Indian Medical Review
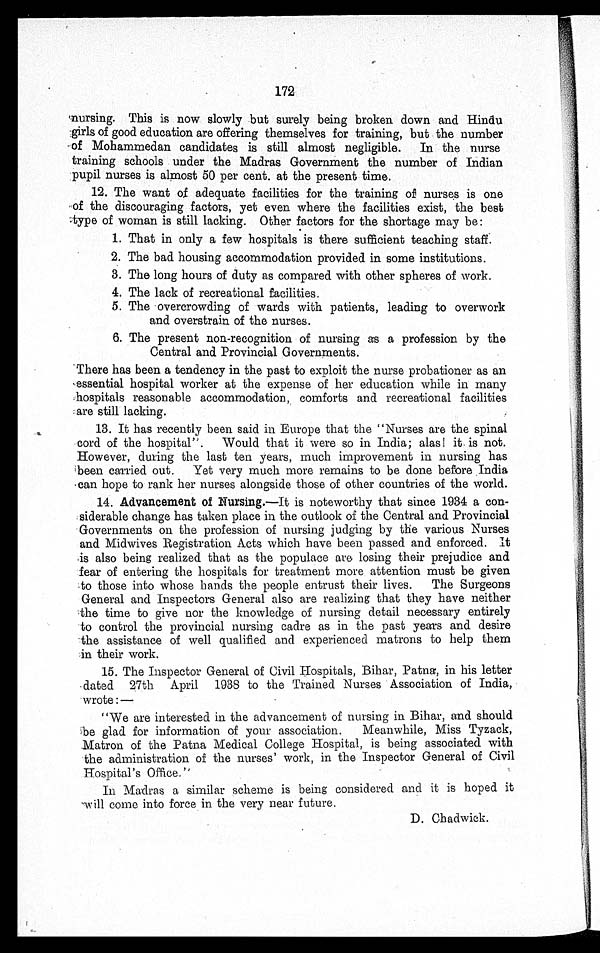
172
nursing. This is now slowly but surely being broken down and Hindu
girls of good education are offering themselves for training, but the number
of Mohammedan candidates is still almost negligible. In the nurse
training schools under the Madras Government the number of Indian
:pupil nurses is almost 50 per cent, at the present time.
12.
The want of adequate facilities for the training of nurses is one
of the discouraging factors, yet even where the facilities exist, the best
:type of woman is still lacking. Other factors for the shortage may be:
1.
That in only a few hospitals is there sufficient teaching staff.
2.
The bad housing accommodation provided in some institutions.
3.
The long hours of duty as compared with other spheres of work.
4.
The lack of recreational facilities.
5.
The overcrowding of wards with patients, leading to overwork
and overstrain of the nurses.
6.
The present non-recognition of nursing as a profession by the
Central and. Provincial Governments.
There has been a tendency in the past to exploit the nurse probationer as an
essential hospital worker at the expense of her education while in many
hospitals reasonable accommodation, comforts and recreational facilities
are still lacking.
13.
It has recently been said in Europe that the "Nurses are the spinal
cord of the hospital". Would that it were so in India; alas! it is not.
However, during the last ten years, much improvement in nursing has
been carried out. Yet very much more remains to be done before .India
can hope to rank her nurses alongside those of other countries of the world.
14.
Advancement of Nursing .—It is noteworthy that since 1934 a con
siderable change has taken place in the outlook of the Central and Provincial
Governments on the profession of nursing judging by the various Nurses
and Midwives Registration Acts which have been passed and enforced. It
is also being realized that as the populace are, losing their prejudice and
fear of entering the hospitals for treatment more attention must be given
to those into whose hands the people entrust their lives. The Surgeons
General and Inspectors General also are realizing that they have neither
the time to give nor the knowledge of nursing detail necessary entirely
to control the provincial nursing cadre as in the past years and desire
the assistance of well qualified and experienced matrons to help them
in their work.
15.
The Inspector General of Civil Hospitals, Bihar, Patna, in his letter
dated 27th April 1938 to the Trained Nurses Association of India,
wrote:—
"We are interested in the advancement of nursing in Bihar, and should
be glad for information of your association. Meanwhile, Miss Tyzack,
Matron of the Patna Medical College Hospital, is being associated with
the administration of the nurses' work, in the Inspector General of Civil
Hospital's Office."
In Madras a similar scheme is being considered and it is hoped it
will come into force in the very near future.
D. Chadwick.